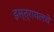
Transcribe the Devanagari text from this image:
इस्त्रायलचे